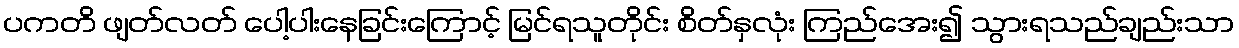
ပကတိ ဖျတ်လတ် ပေါ့ပါးနေခြင်းကြောင့် မြင်ရသူတိုင်း စိတ်နှလုံး ကြည်အေး၍ သွားရသည်ချည်းသာ